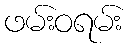
ဖမ်းဝရမ်း